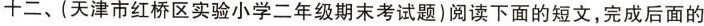
十二、(天津市红桥区实验小学二年级期末考试题)阅读下面的短文，完成后面的